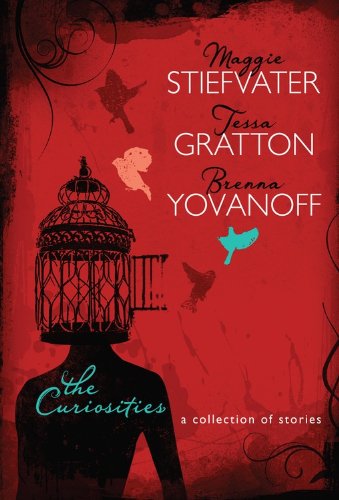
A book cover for The Curiosities: A Collection of Stories (Fiction - Young Adult); Brenna Yovanoff; Teen & Young Adult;